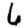
Digit: 6